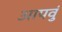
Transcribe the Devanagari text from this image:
आपवुं